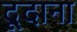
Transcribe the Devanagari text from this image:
दूदाना